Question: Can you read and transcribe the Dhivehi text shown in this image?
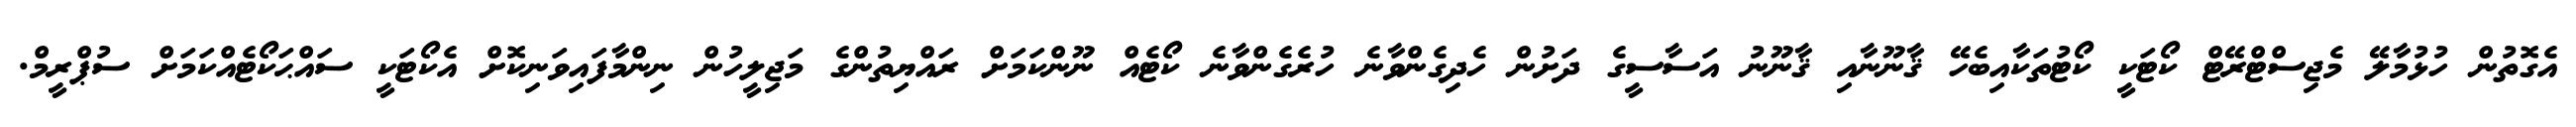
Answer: އެގޮތުން ހުޅުމާލޭ މެޖިސްޓްރޭޓް ކޯޓަކީ ކޯޓުތަކާއިބެހޭ ޤާނޫނާއި ޤާނޫނު އަސާސީގެ ދަށުން ހެދިގެންވާނެ ހުރެގެންވާނެ ކޯޓެއް ނޫންކަމަށް ރައްޔިތުންގެ މަޖިލީހުން ނިންމާފައިވަނިކޮށް އެކޯޓަކީ ސައްޙަކޯޓެއްކަމަށް ސުޕްރީމް.